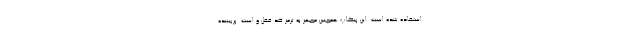
استفاده شده است. این پیکاپ همچنین مجهز به ترمز ضد قفل و است. پربیننده